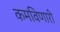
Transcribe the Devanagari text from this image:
कमविणारी